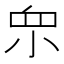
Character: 𱲨